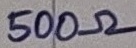
Text: 500Ω